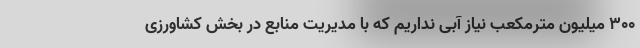
۳۰۰ میلیون مترمکعب نیاز آبی نداریم که با مدیریت منابع در بخش کشاورزی